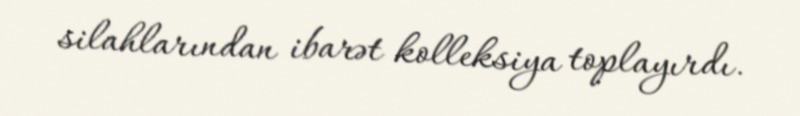
silahlarından ibarət kolleksiya toplayırdı.